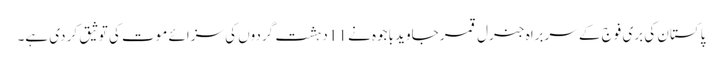
پاکستان کی بری فوج کے سربراہ جنرل قمر جاوید باجوہ نے 11 دہشت گردوں کی سزائے موت کی توثیق کر دی ہے۔